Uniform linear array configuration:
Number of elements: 32
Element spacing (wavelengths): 0.25
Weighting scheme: uniform
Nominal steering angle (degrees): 60
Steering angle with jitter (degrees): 58.279
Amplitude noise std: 0.05
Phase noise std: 0.05

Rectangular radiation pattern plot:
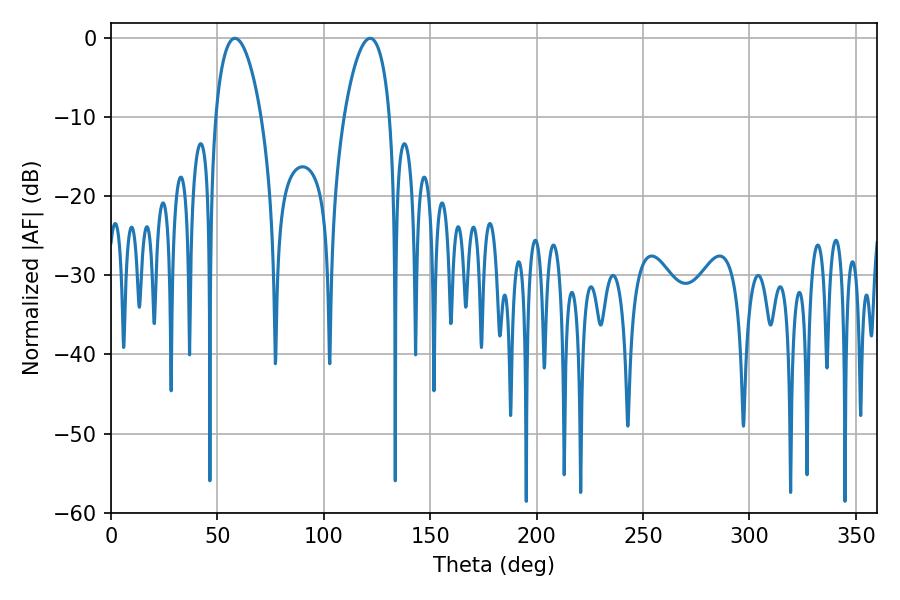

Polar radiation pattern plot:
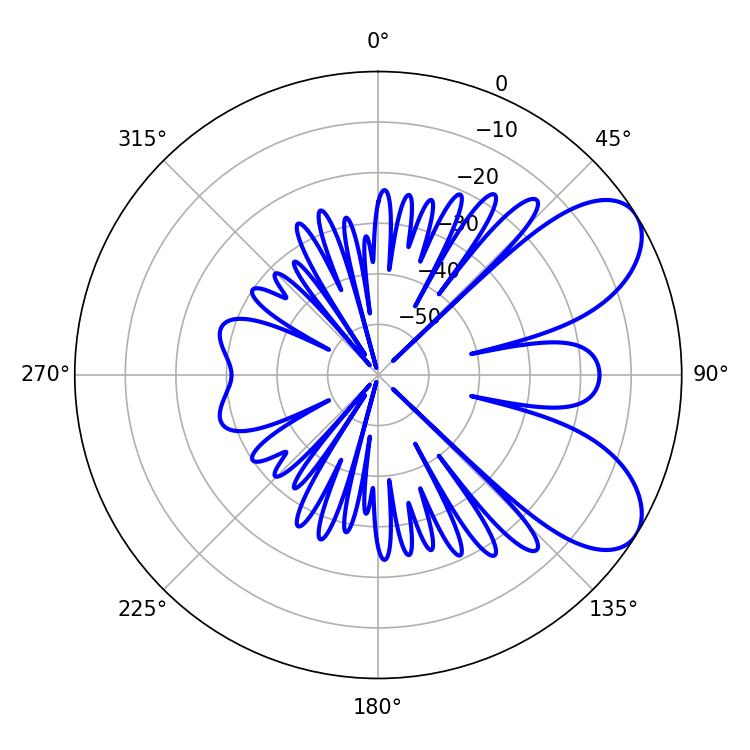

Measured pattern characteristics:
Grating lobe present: FALSE
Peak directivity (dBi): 7.077
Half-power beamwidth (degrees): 12.06
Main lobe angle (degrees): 58.32